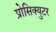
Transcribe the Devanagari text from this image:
प्रोसिक्युटर